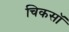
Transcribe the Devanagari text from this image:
चिकसॉ